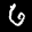
Label: 6